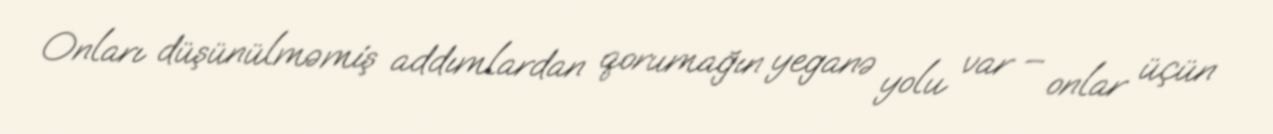
Onları düşünülməmiş addımlardan qorumağın yeganə yolu var – onlar üçün